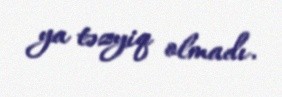
ya təzyiq olmadı.